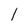
Character: l